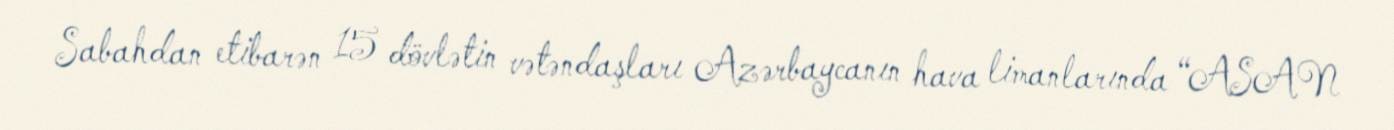
Sabahdan etibarən 15 dövlətin vətəndaşları Azərbaycanın hava limanlarında “ASAN